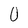
Character: 0